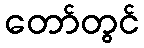
တော်တွင်